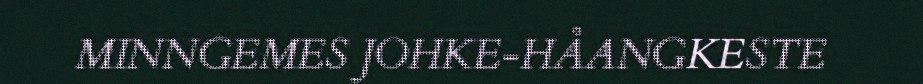
MINNGEMES JOHKE-HÅANGKESTE